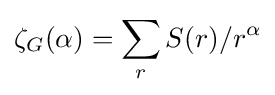
\zeta _{G}(\alpha )=\sum _{r}S(r)/r^{\alpha }